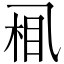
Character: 𱎈